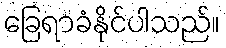
ခြေရာခံနိုင်ပါသည်။